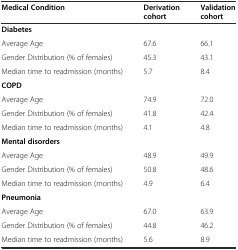
<table><thead><tr><td><b>Medical Condition</b></td><td><b>Derivation cohort</b></td><td><b>Validation cohort</b></td></tr></thead><tbody><tr><td colspan="3"><b>Diabetes</b></td></tr><tr><td>Average Age</td><td>67.6</td><td>66.1</td></tr><tr><td>Gender Distribution (% of females)</td><td>45.3</td><td>43.1</td></tr><tr><td>Median time to readmission (months)</td><td>5.7</td><td>8.4</td></tr><tr><td colspan="3"><b>COPD</b></td></tr><tr><td>Average Age</td><td>74.9</td><td>72.0</td></tr><tr><td>Gender Distribution (% of females)</td><td>41.8</td><td>42.4</td></tr><tr><td>Median time to readmission (months)</td><td>4.1</td><td>4.8</td></tr><tr><td colspan="3"><b>Mental disorders</b></td></tr><tr><td>Average Age</td><td>48.9</td><td>49.9</td></tr><tr><td>Gender Distribution (% of females)</td><td>50.8</td><td>48.6</td></tr><tr><td>Median time to readmission (months)</td><td>4.9</td><td>6.4</td></tr><tr><td colspan="3"><b>Pneumonia</b></td></tr><tr><td>Average Age</td><td>67.0</td><td>63.9</td></tr><tr><td>Gender Distribution (% of females)</td><td>44.8</td><td>46.2</td></tr><tr><td>Median time to readmission (months)</td><td>5.6</td><td>8.9</td></tr></tbody></table>